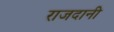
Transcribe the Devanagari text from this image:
राजदानी